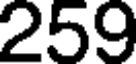
259